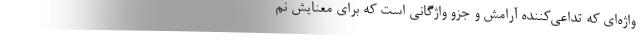
واژه‌ای که تداعی‌‌کننده آرامش و جزو واژگانی است که برای معنایش نم